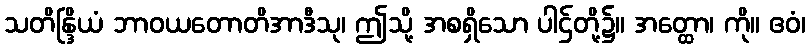
သတိန္ဒြိယံ ဘာဝယတောတိအာဒီသု၊ ဤသို့ အစရှိသော ပါဌ်တို့၌။ အတ္ထော၊ ကို။ ဧဝံ၊